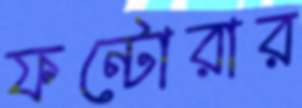
ফন্টোরার